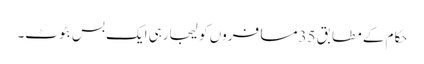
حکام کے مطابق 35مسافروں کو لیجارہی ایک بس بٹوٹ۔